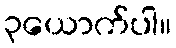
၃ယောက်ပါ။